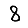
Digit: 8